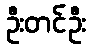
ဦးတင်ဦး